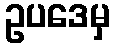
ဥပဒေမှ